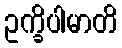
ဥက္ခိပါမာတိ